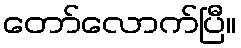
တော်လောက်ပြီ။